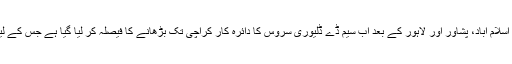
ذرائع کے مطابق پاکستان پوسٹ کی جانب سے راولپنڈی اسلام آباد، پشاور اور لاہور کے بعد اب سیم ڈے ڈلیوری سروس کا دائرہ کار کراچی تک بڑھانے کا فیصلہ کر لیا گیا ہے جس کے لیے پاکستان پوسٹ نے کراچی میں ایک اجلاس بلا لیا ہے۔